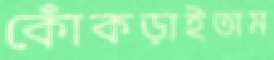
কোঁকড়াইতাম